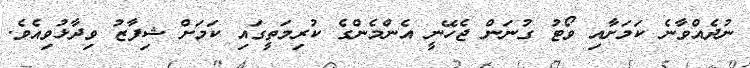
ނުދެއްވާނެ ކަމަށާއި ވޯޓު ގުނަން ޖެހޭނީ އެންމެންގެ ކުރިމަތީގައި ކަމަށް ޝިފާޒު ވިދާޅުވިއެވެ.